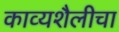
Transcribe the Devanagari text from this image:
काव्यशैलीचा